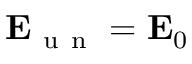
\mathbf { E } _ { \mathrm { ~ u ~ n ~ } } = \mathbf { E } _ { 0 }